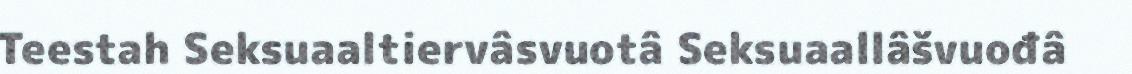
Teestah Seksuaaltiervâsvuotâ Seksuaallâšvuođâ